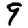
Digit: 9